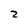
Character: 2